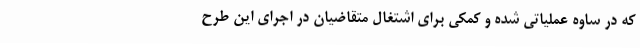
که در ساوه عملیاتی شده و کمکی برای اشتغال متقاضیان در اجرای این طرح